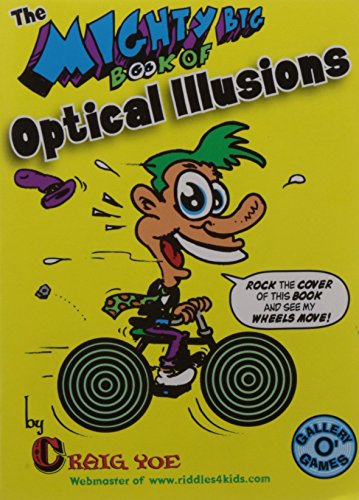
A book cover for The Mighty Big Book of Optical Illusions (Mighty Big Books); Craig Yoe; Children's Books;